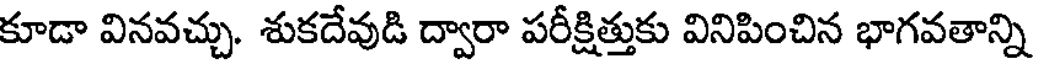
కూడా వినవచ్చు. శుకదేవుడి ద్వారా పరీక్షిత్తుకు వినిపించిన భాగవతాన్ని